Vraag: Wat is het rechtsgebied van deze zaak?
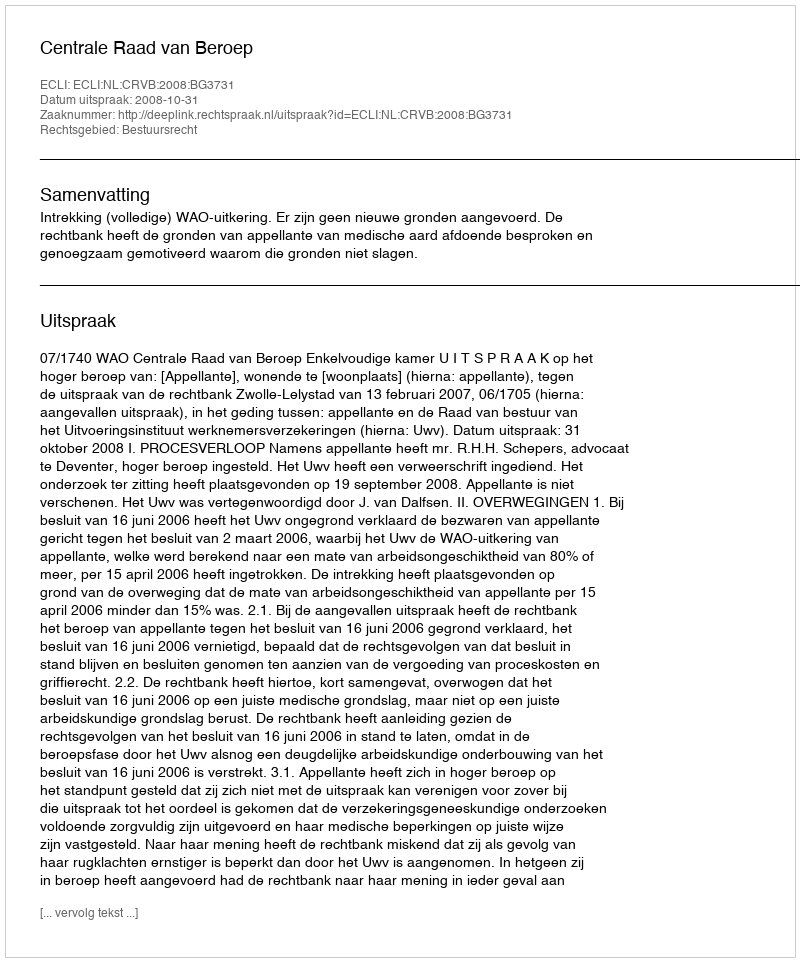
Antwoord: Bestuursrecht